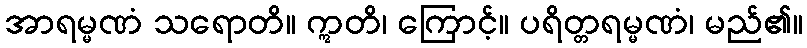
အာရမ္မဏံ သရောတိ။ ဣတိ၊ ကြောင့်။ ပရိတ္တရမ္မဏံ၊ မည်၏။